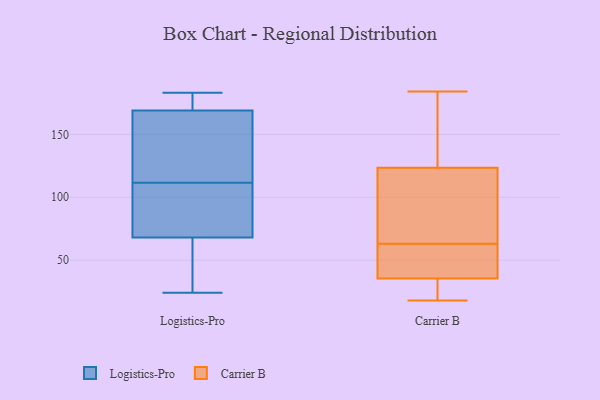
{"axis": {"x": "Energy Usage (MWh)", "y": "Value"}, "legend": ["Carrier B", "Logistics-Pro"], "data": [{"x": "", "y": 126, "type": "Logistics-Pro"}, {"x": "", "y": 169, "type": "Logistics-Pro"}, {"x": "", "y": 183, "type": "Logistics-Pro"}, {"x": "", "y": 59, "type": "Logistics-Pro"}, {"x": "", "y": 125, "type": "Logistics-Pro"}, {"x": "", "y": 98, "type": "Logistics-Pro"}, {"x": "", "y": 34, "type": "Logistics-Pro"}, {"x": "", "y": 77, "type": "Logistics-Pro"}, {"x": "", "y": 81, "type": "Logistics-Pro"}, {"x": "", "y": 24, "type": "Logistics-Pro"}, {"x": "", "y": 178, "type": "Logistics-Pro"}, {"x": "", "y": 169, "type": "Logistics-Pro"}, {"x": "", "y": 46, "type": "Carrier B"}, {"x": "", "y": 18, "type": "Carrier B"}, {"x": "", "y": 84, "type": "Carrier B"}, {"x": "", "y": 140, "type": "Carrier B"}, {"x": "", "y": 50, "type": "Carrier B"}, {"x": "", "y": 21, "type": "Carrier B"}, {"x": "", "y": 107, "type": "Carrier B"}, {"x": "", "y": 184, "type": "Carrier B"}, {"x": "", "y": 76, "type": "Carrier B"}, {"x": "", "y": 39, "type": "Carrier B"}, {"x": "", "y": 32, "type": "Carrier B"}, {"x": "", "y": 153, "type": "Carrier B"}]}